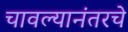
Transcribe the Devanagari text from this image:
चावल्यानंतरचे